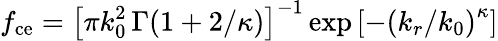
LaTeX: f_{\mathrm{ce}}=\left[\pi k_{0}^{2}\, \Gamma(1+2/\kappa)\right]^{-1}\exp{\left[-\left(k_{r}/k_{0}\right)^{\kappa}\right]}